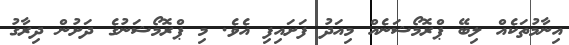
އިނާމުތަކެއް ލިބޭ ޕްރޮމޯޝަނެއް މިއަދު ފަށައިފި އެވެ. މި ޕްރޮމޯޝަނުގެ ދަށުން ދިރާގު